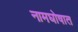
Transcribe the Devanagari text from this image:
नामघोषात